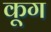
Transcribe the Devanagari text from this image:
कूग